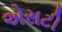
એસટી